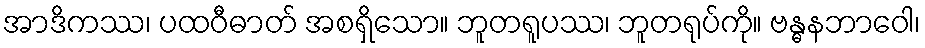
အာဒိကဿ၊ ပထဝီဓာတ် အစရှိသော။ ဘူတရူပဿ၊ ဘူတရုပ်ကို။ ဗန္ဓနဘာဝေါ၊